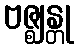
ဗဇ္ဈန္တု